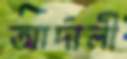
আর্দালী